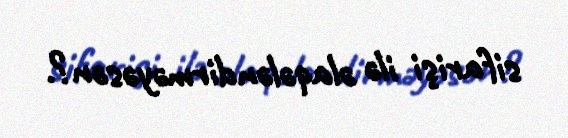
sifarişi ilə əlaqələndirməyəsən?.